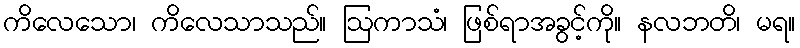
ကိလေသော၊ ကိလေသာသည်။ ဩကာသံ၊ ဖြစ်ရာအခွင့်ကို။ နလဘတိ၊ မရ။